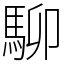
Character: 駠